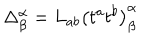
\Delta _ { \beta } ^ { \alpha } = L _ { a b } \left( t ^ { a } t ^ { b } \right) _ { \beta } ^ { \alpha }